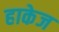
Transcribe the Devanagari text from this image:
हाकेज